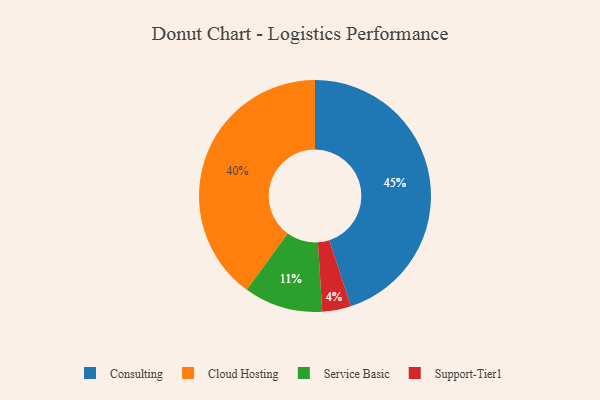
{"axis": {"x": "Category", "y": "Percentage"}, "legend": ["Cloud Hosting", "Consulting", "Service Basic", "Support-Tier1"], "data": [{"x": "Cloud Hosting", "y": 40, "type": "Cloud Hosting"}, {"x": "Consulting", "y": 45, "type": "Consulting"}, {"x": "Service Basic", "y": 11, "type": "Service Basic"}, {"x": "Support-Tier1", "y": 4, "type": "Support-Tier1"}]}